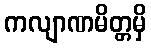
ကလျာဏမိတ္တမှိ